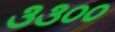
૩૩૦૦